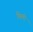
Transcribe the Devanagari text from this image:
थिमी